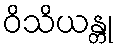
ဝိသိယန္တု